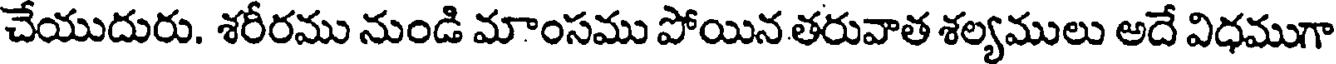
చేయుదురు. శరీరము నుండి మాంసము పోయిన తరువాత శల్యములు అదే విధముగా